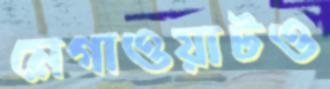
মেগাওয়াটও